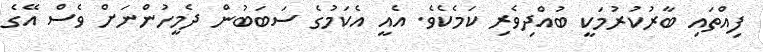
ފިއްތައި ބާރުކުރުމަކީ ބުއްދިވެރި ކަމެކެވެ. އެއީ އެކަމުގެ ސަބަބުން ދެމީހުންނަށް ވެސް އޭގެ